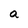
Character: a